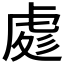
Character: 𧆵